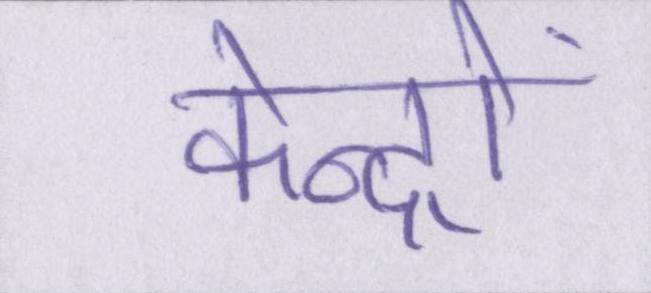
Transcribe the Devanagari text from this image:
केन्द्रों